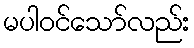
မပါဝင်သော်လည်း